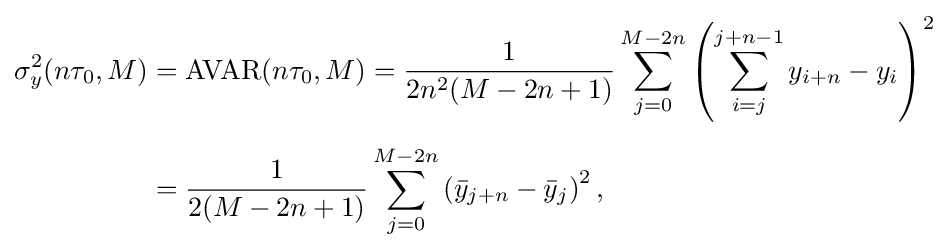
{\begin{aligned}\sigma _{y}^{2}(n\tau _{0},M)&=\operatorname {AVAR} (n\tau _{0},M)={\frac {1}{2n^{2}(M-2n+1)}}\sum _{j=0}^{M-2n}\left(\sum _{i=j}^{j+n-1}y_{i+n}-y_{i}\right)^{2}\\[5pt]&={\frac {1}{2(M-2n+1)}}\sum _{j=0}^{M-2n}\left({\bar {y}}_{j+n}-{\bar {y}}_{j}\right)^{2},\end{aligned}}